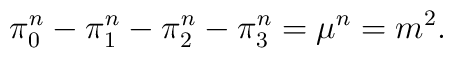
\pi _{0}^{n}-\pi _{1}^{n}-\pi _{2}^{n}-\pi _{3}^{n}=\mu ^{n}=m^{2}.